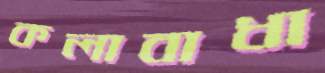
কলাবাধা